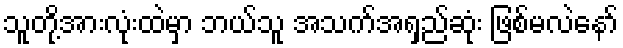
သူတို့အားလုံးထဲမှာ ဘယ်သူ အသက်အရှည်ဆုံး ဖြစ်မလဲနော်